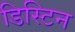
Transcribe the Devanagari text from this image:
डिस्टिन